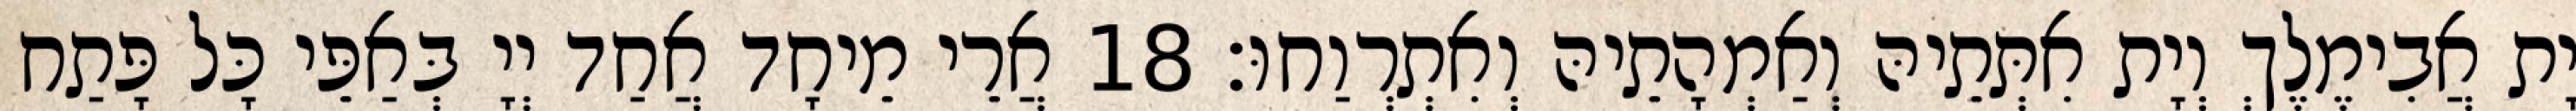
יָת אֲבִימֶלֶךְ וְיָת אִתְּתֵיהּ וְאַמְהָתֵיהּ וְאִתְרְוַחוּ׃ 18 אֲרֵי מֵיחָד אֲחַד יְיָ בְּאַפֵּי כָּל פָּתַח